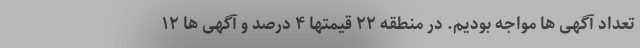
تعداد آگهی ها مواجه بودیم. در منطقه ۲۲ قیمتها ۴ درصد و آگهی ها ۱۲